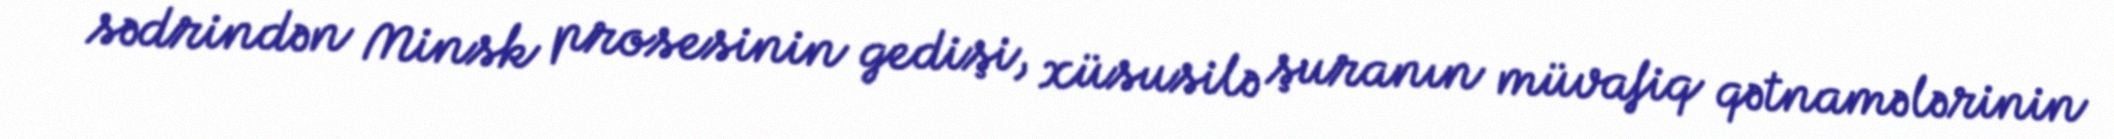
sədrindən Minsk prosesinin gedişi, xüsusilə şuranın müvafiq qətnamələrinin